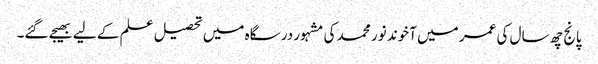
پانج چھ سال کی عمر میں آخوند نور محمد کی مشہور درسگاہ میں تحصیل علم کے لیے بھیجے گئے۔